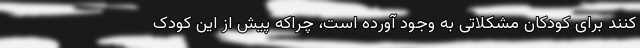
کنند برای کودکان مشکلاتی به وجود آورده است، چراکه پیش از این کودک